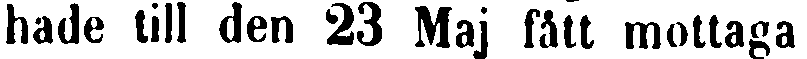
hade till den 23 Maj fått mottaga